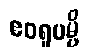
ဧဝရူပမ္ပိ